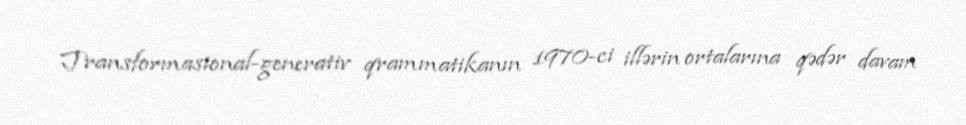
Transformasional-generativ qrammatikanın 1970-ci illərin ortalarına qədər davam